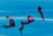
أعرف